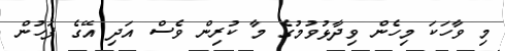
މި ވާހަކަ މިހެން ވިދާޅުވުމުގެ މާ ކުރިން ވެސް އަދި އޭގެ ފަހުން